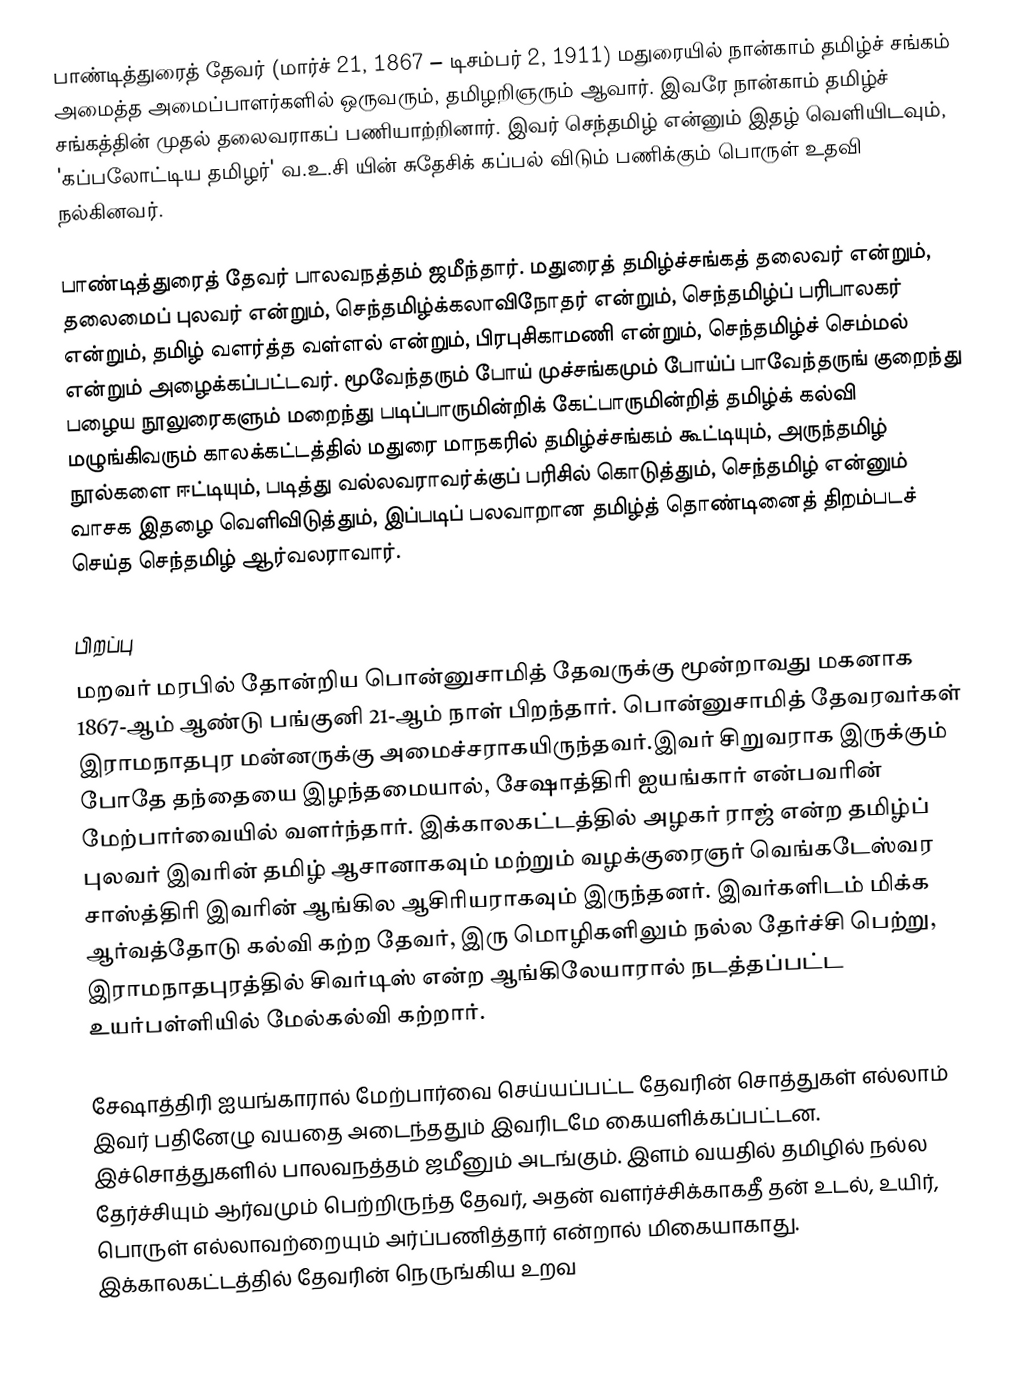
பாண்டித்துரைத் தேவர் (மார்ச் 21, 1867 – டிசம்பர் 2, 1911) மதுரையில் நான்காம் தமிழ்ச் சங்கம் அமைத்த அமைப்பாளர்களில் ஒருவரும், தமிழறிஞரும் ஆவார்.  இவரே நான்காம் தமிழ்ச் சங்கத்தின் முதல் தலைவராகப் பணியாற்றினார்.  இவர் செந்தமிழ்  என்னும் இதழ் வெளியிடவும், 'கப்பலோட்டிய தமிழர்' வ.உ.சி யின் சுதேசிக் கப்பல் விடும் பணிக்கும் பொருள் உதவி நல்கினவர்.

பாண்டித்துரைத் தேவர் பாலவநத்தம் ஜமீந்தார். மதுரைத் தமிழ்ச்சங்கத் தலைவர் என்றும், தலைமைப் புலவர் என்றும், செந்தமிழ்க்கலாவிநோதர் என்றும், செந்தமிழ்ப் பரிபாலகர் என்றும், தமிழ் வளர்த்த வள்ளல் என்றும், பிரபுசிகாமணி என்றும், செந்தமிழ்ச் செம்மல் என்றும் அழைக்கப்பட்டவர். மூவேந்தரும் போய் முச்சங்கமும் போய்ப்  பாவேந்தருங் குறைந்து பழைய நூலுரைகளும் மறைந்து படிப்பாருமின்றிக் கேட்பாருமின்றித் தமிழ்க் கல்வி மழுங்கிவரும் காலக்கட்டத்தில் மதுரை மாநகரில் தமிழ்ச்சங்கம்  கூட்டியும், அருந்தமிழ் நூல்களை ஈட்டியும், படித்து வல்லவராவர்க்குப் பரிசில் கொடுத்தும், செந்தமிழ் என்னும் வாசக இதழை வெளிவிடுத்தும், இப்படிப்  பலவாறான தமிழ்த் தொண்டினைத் திறம்படச் செய்த  செந்தமிழ் ஆர்வலராவார்.

பிறப்பு
மறவர் மரபில் தோன்றிய பொன்னுசாமித் தேவருக்கு மூன்றாவது மகனாக 1867-ஆம் ஆண்டு பங்குனி 21-ஆம் நாள்  பிறந்தார். பொன்னுசாமித் தேவரவர்கள் இராமநாதபுர மன்னருக்கு அமைச்சராகயிருந்தவர்.இவர் சிறுவராக இருக்கும் போதே தந்தையை இழந்தமையால், சேஷாத்திரி ஐயங்கார் என்பவரின் மேற்பார்வையில் வளர்ந்தார்.  இக்காலகட்டத்தில் அழகர் ராஜ் என்ற தமிழ்ப் புலவர் இவரின் தமிழ் ஆசானாகவும் மற்றும் வழக்குரைஞர் வெங்கடேஸ்வர சாஸ்த்திரி இவரின் ஆங்கில ஆசிரியராகவும் இருந்தனர். இவர்களிடம் மிக்க ஆர்வத்தோடு கல்வி கற்ற தேவர், இரு மொழிகளிலும் நல்ல தேர்ச்சி பெற்று, இராமநாதபுரத்தில் சிவர்டிஸ் என்ற ஆங்கிலேயாரால் நடத்தப்பட்ட உயர்பள்ளியில் மேல்கல்வி கற்றார்.

சேஷாத்திரி ஐயங்காரால் மேற்பார்வை செய்யப்பட்ட தேவரின்  சொத்துகள் எல்லாம் இவர் பதினேழு வயதை அடைந்ததும் இவரிடமே கையளிக்கப்பட்டன. இச்சொத்துகளில்  பாலவநத்தம் ஜமீனும் அடங்கும்.  இளம் வயதில் தமிழில் நல்ல தேர்ச்சியும்  ஆர்வமும் பெற்றிருந்த தேவர், அதன் வளர்ச்சிக்காகதீ  தன் உடல், உயிர், பொருள் எல்லாவற்றையும் அர்ப்பணித்தார் என்றால் மிகையாகாது. இக்காலகட்டத்தில் தேவரின் நெருங்கிய உறவ